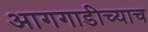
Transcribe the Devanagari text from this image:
आगगाडीच्याच